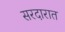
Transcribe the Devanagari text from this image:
सरदारात